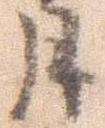
月